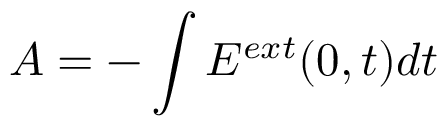
A = - \int E ^ { e x t } ( 0 , t ) d t